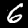
Digit: 6